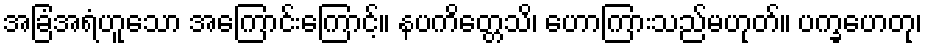
အခြံအရံဟူသော အကြောင်းကြောင့်။ နပကိတ္တေသိ၊ ဟောကြားသည်မဟုတ်။ ပက္ခဟေတု၊